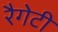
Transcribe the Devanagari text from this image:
रैगेटी